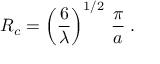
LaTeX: R _ { c } = \left( \frac { 6 } { \lambda } \right) ^ { 1 / 2 } \, \frac { \pi } { a } \; .